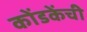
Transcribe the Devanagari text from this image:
कोंडकेंची